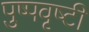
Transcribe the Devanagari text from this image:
पुष्पवृष्टी